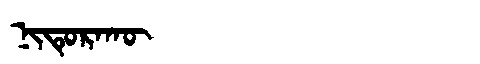
Manchu: ᠨᡳᡨᡠᡵᠠᡴᡡ
Romanization: NITURAKŪ